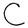
Character: C